Bréfritari: Jakobína Jónsdóttir
Viðtakandi: Sólveig Jónsdóttir
Dagsetning: A-1852-06-12
Skrifað á: Hólmum  S-Múl.
systir bréfviðtakanda

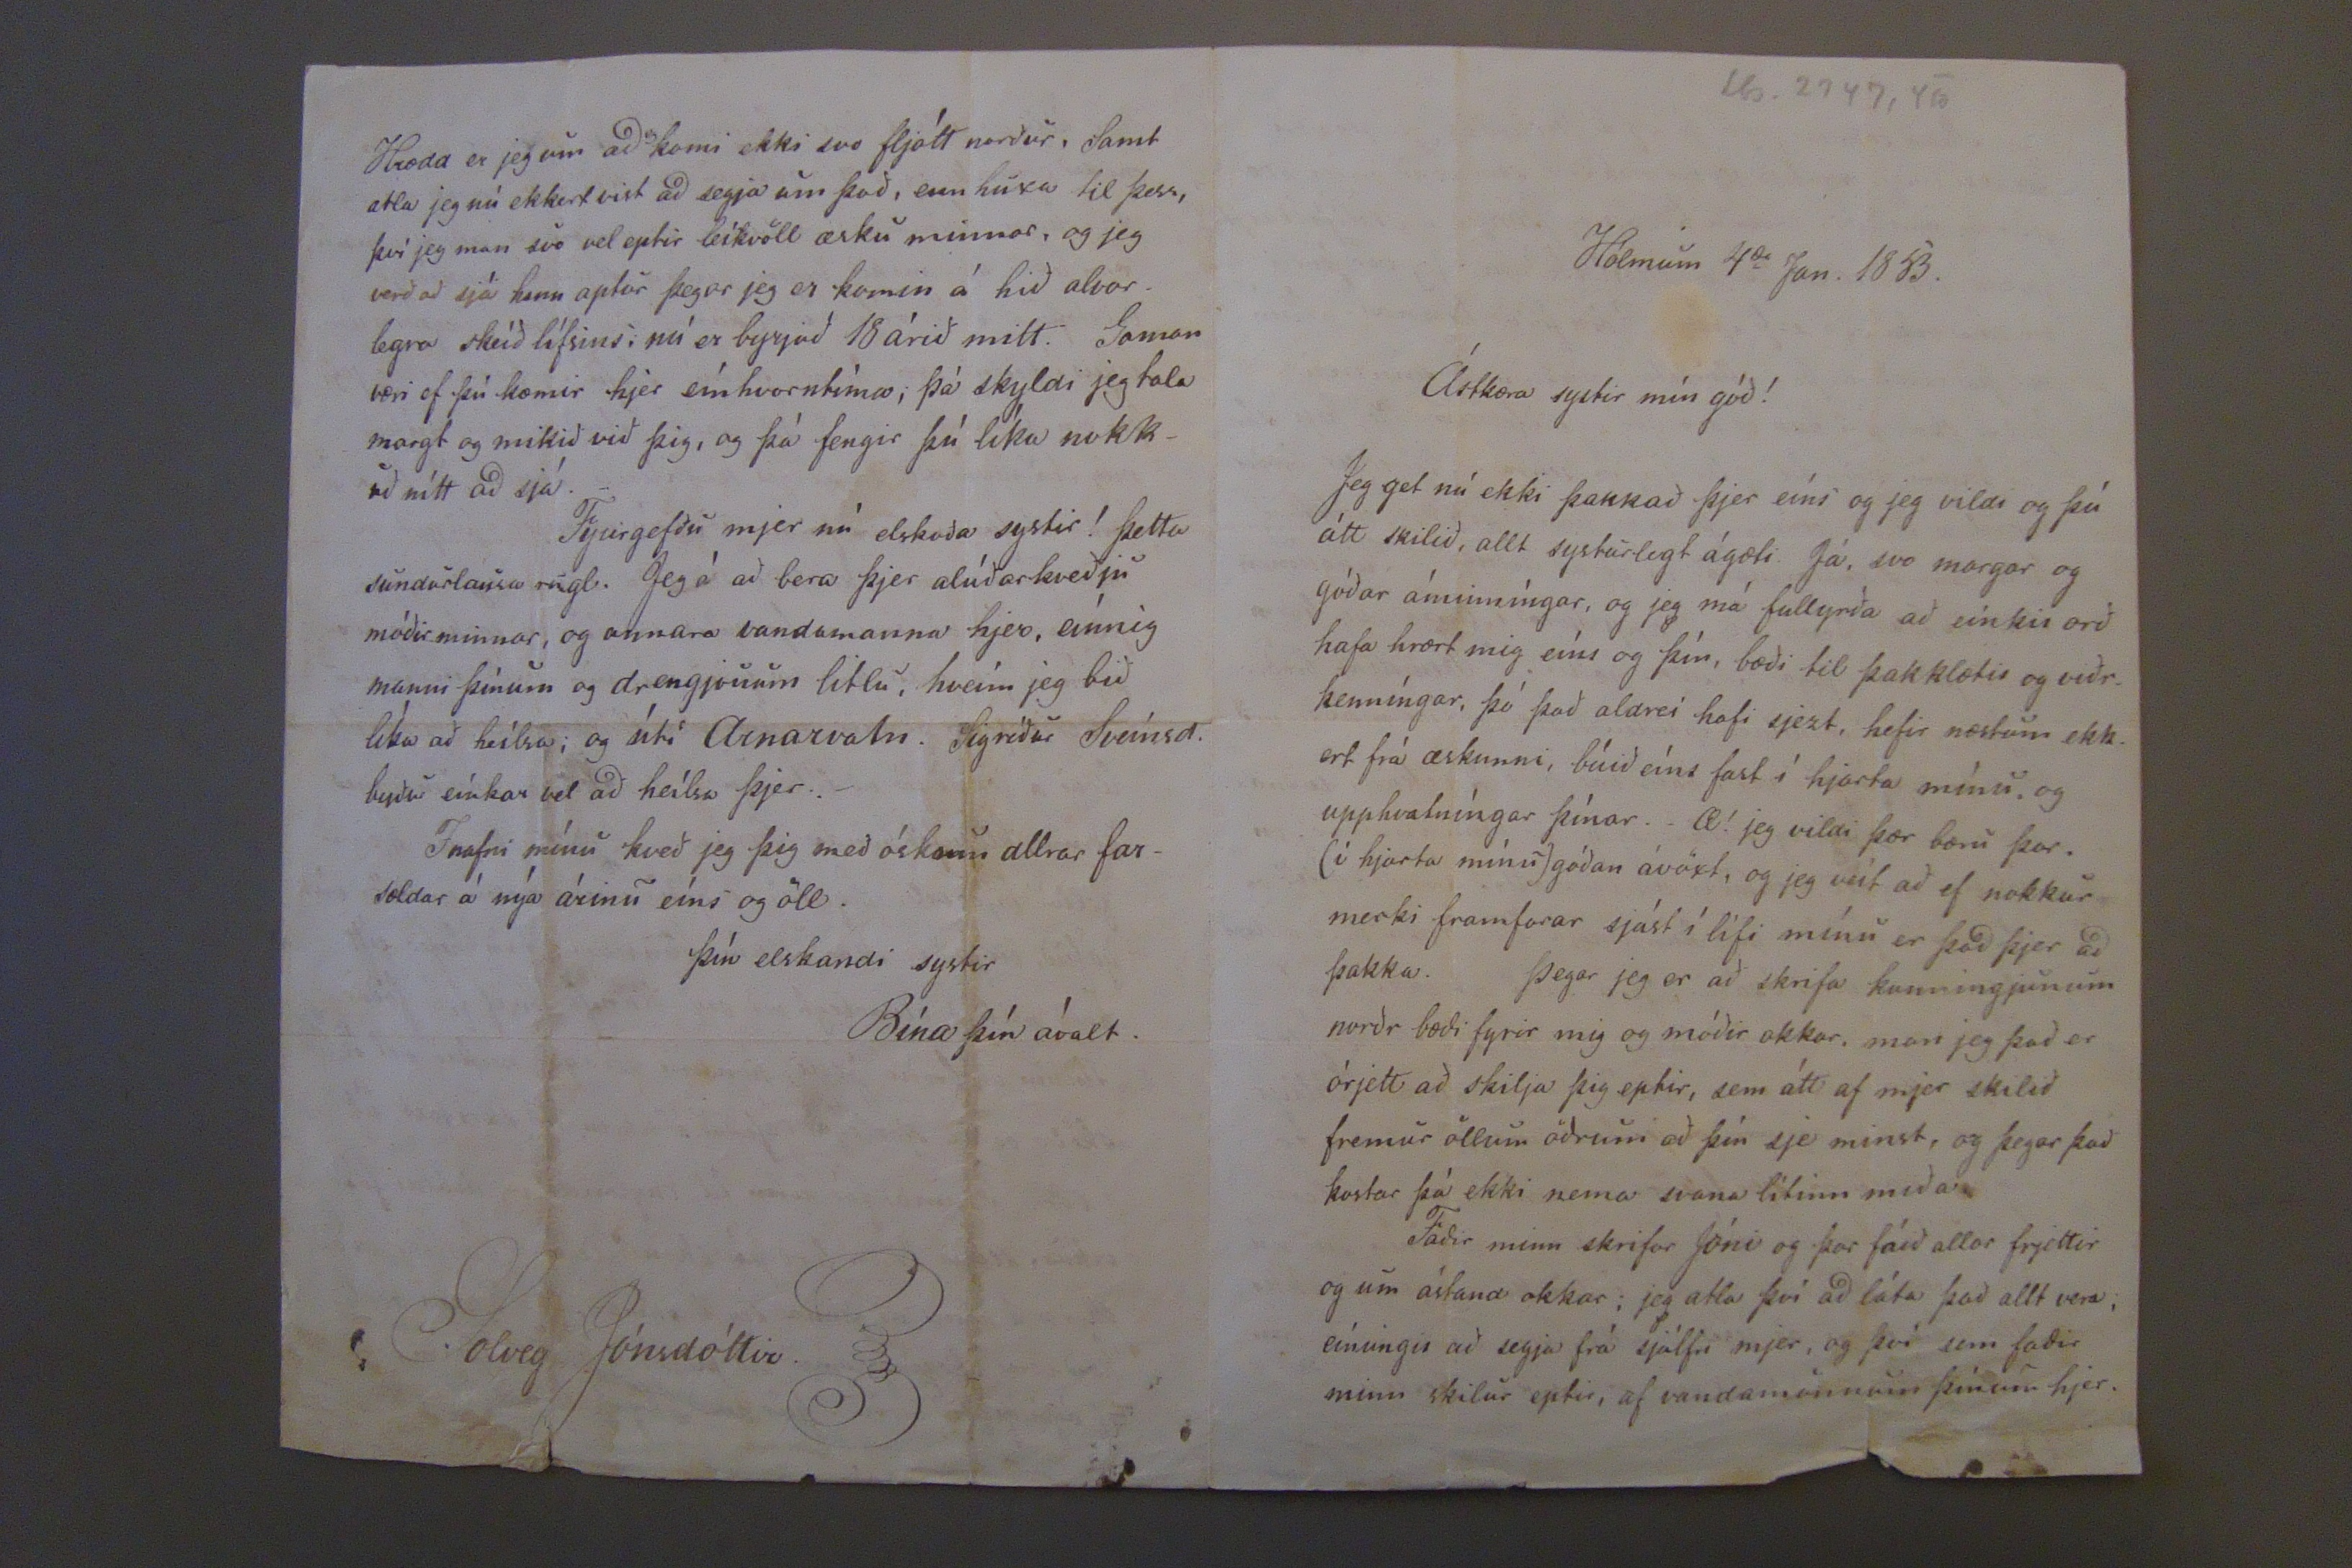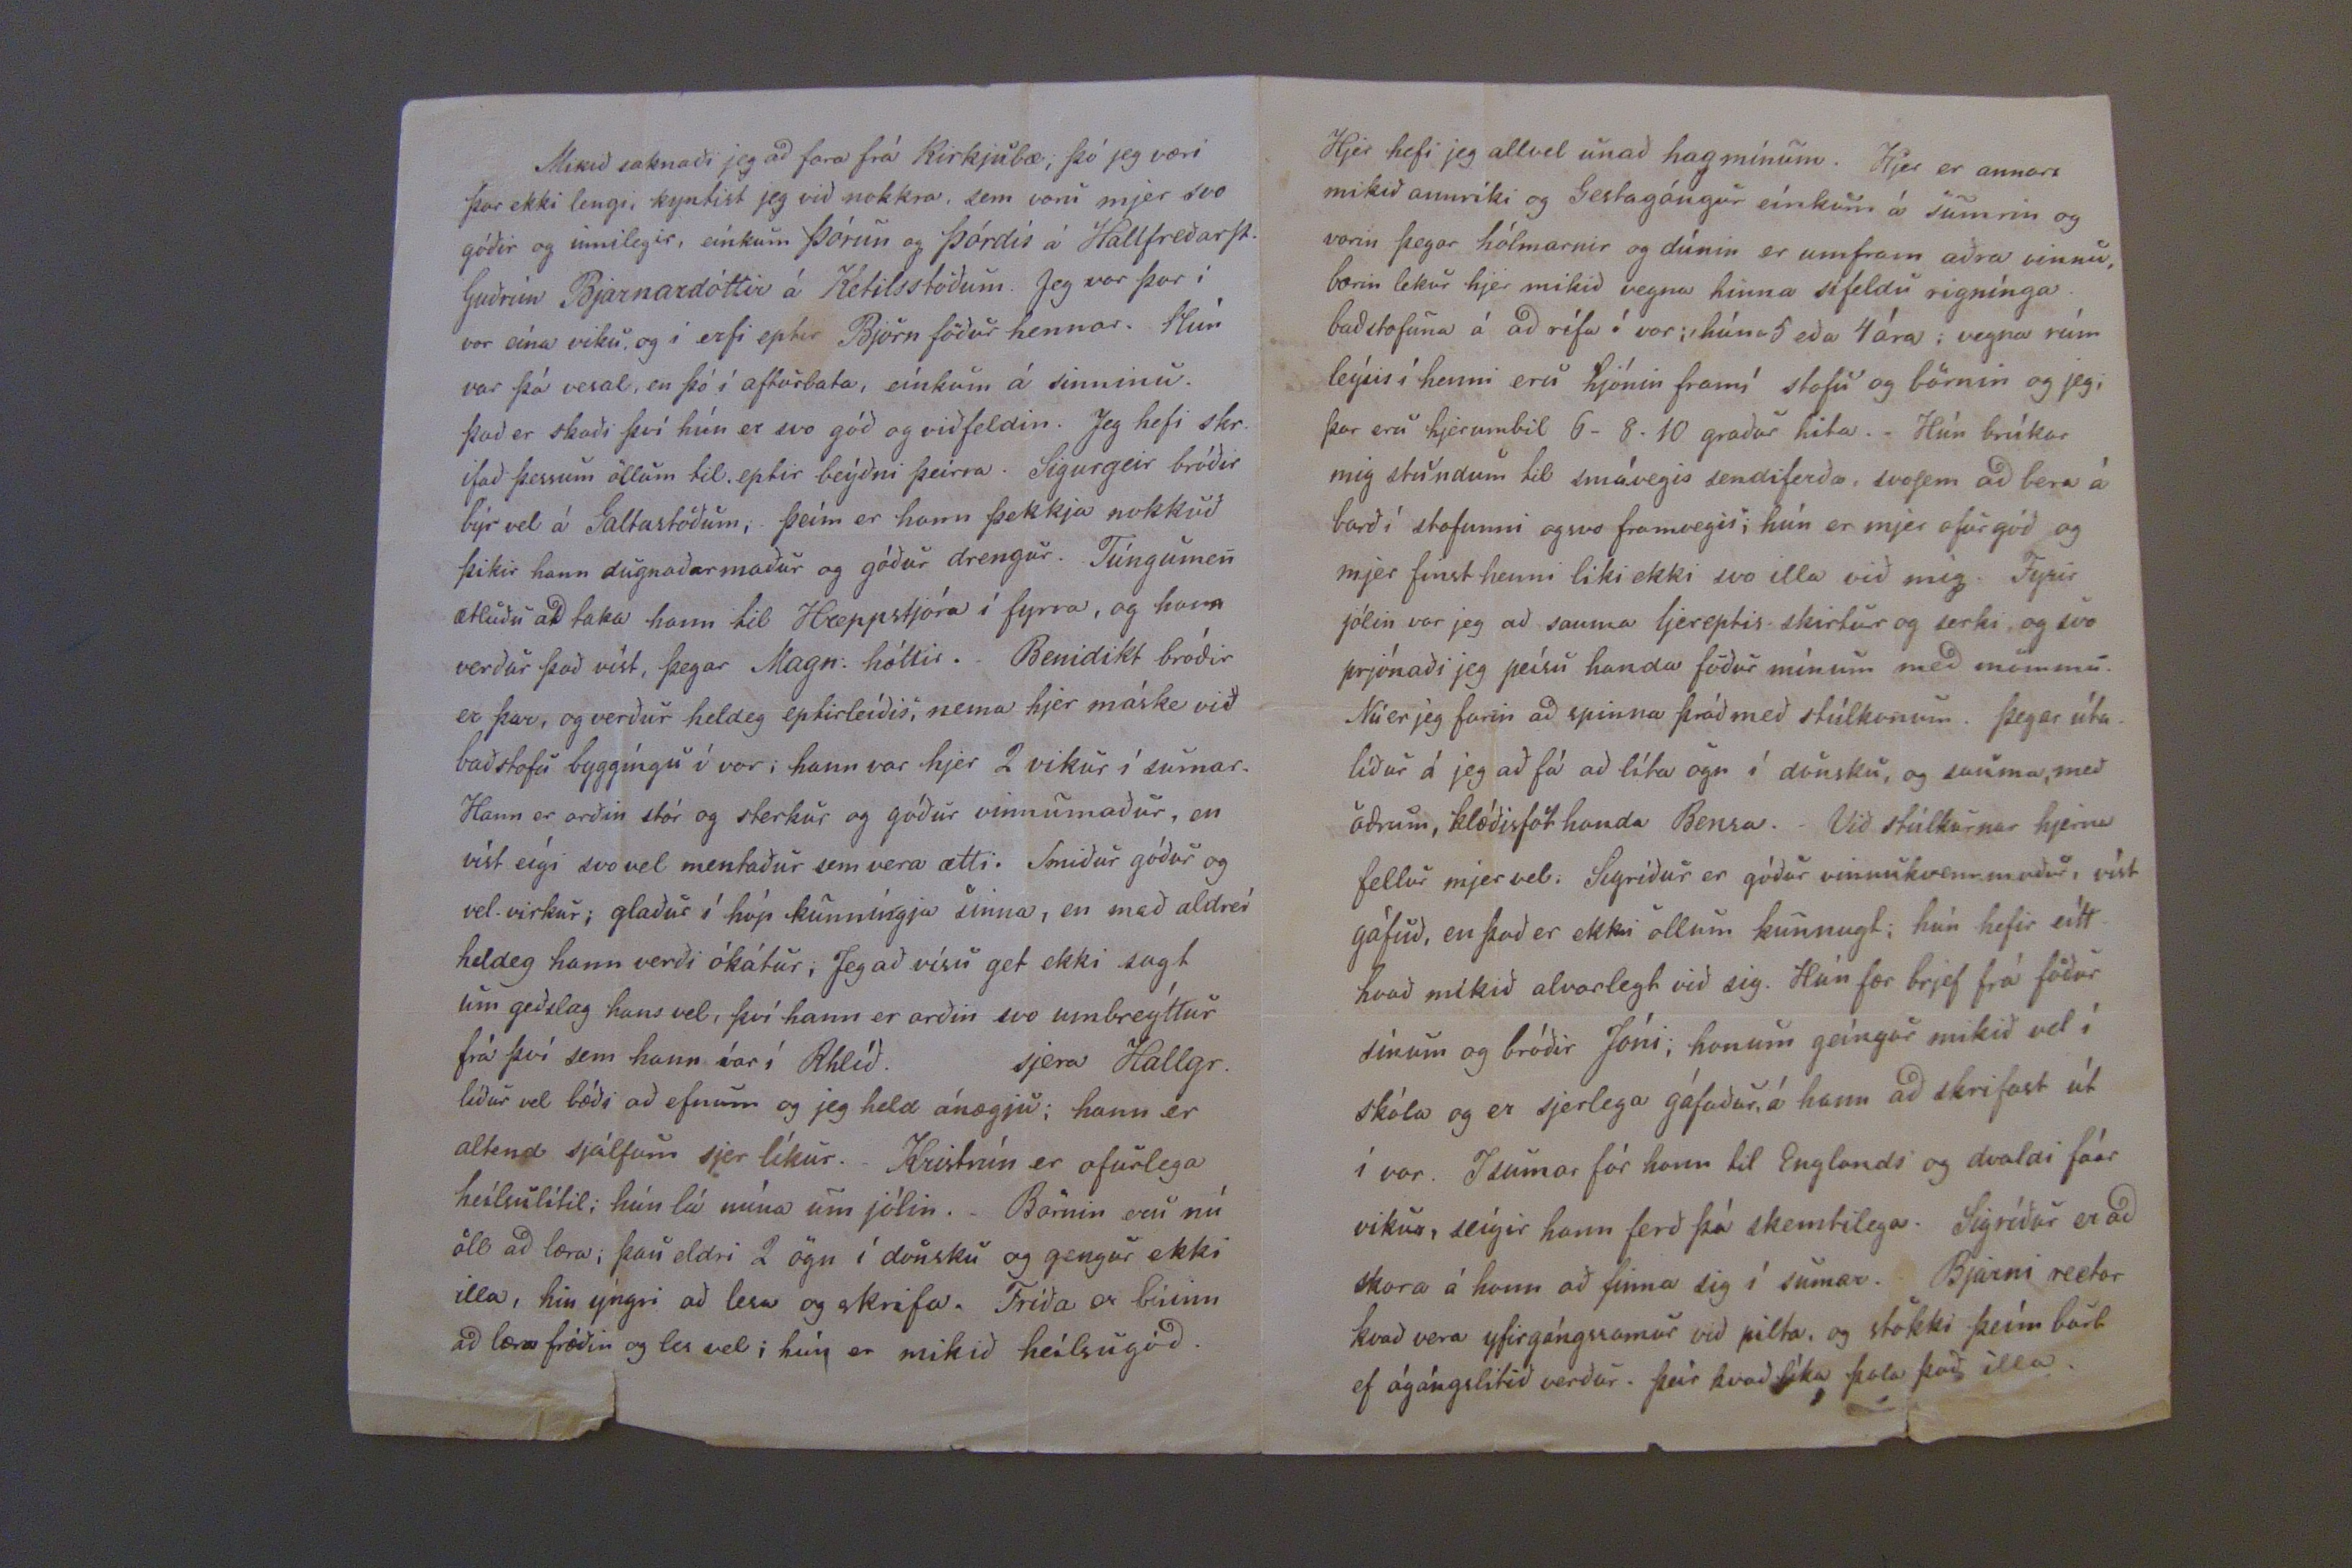

Kyrkjubæ, 12 Jun. 52.
Ástkæra góða systir!
Jeg þakka þjer af hjarta hjerkom-una í sumar, sem allt annað systur-legt ástríkir, og góða tilsogn og ámin-íngar, og man jeg vel eptir seínustu orðonum sem þú talaðir við mig við Brúna, og hefir jeg allann vilja á að reína að rekja þau, þó það má-ske verði síður enn vera ætti.
Hálfveígis rann úti fyrir mjer þegar jeg reið útfrá, og víð keptust um hvort sem meíra gat frá öðru, enn rauðka hristi nokkuð úr mjer ólundina og svo var mjer líka vel tekið á Hallfreðarstöðum. - Jeg var svo heima eptir smiðirnar komu í allt haust, og var jeg næstum einlægt frammi og fór á fætur á morgnana snemma til að skeinkja kaffið Signý fór svosem ekkert framm, og móðir mín dáldið; jeg saum-aði næstum í hjáverkum vaðmáls
handa Fríðu litlu grænann, sem átti að komast af fyrir jólin. Svo fór jeg útí GJaltastaði fyrir jólin með blátt vaðmál sem tætt var í fyrravetur /: jeg man ei hvort þú sázt það í sumar :/ og saumaði úr því dáfallegan kjól handa mjer með tiltögn Olafar, því kjóllinn /:fermíngar:/ er orðinn lítill og heldr snóður. Um treju Bensa var hreínt ómögulegt, því móðir mín gat hreint ekki mist mig fyrri enn þetta. þegar aptur birtir nú daginn skal jeg róa öllum árum að um vestið og treýuna að það verði saumað. Sigríður á Holmum kom hjer í haust með Singýu, og þókti henni sárt í broti að þú hefðir ekki komið þangað. Hún var hjer nokkra daga, og saumuðum við Buxur handa Bendikt. Mikið hefur Þórun á Hallfreðarstað að gera, og eí veit jeg hvort hún gæti hjálpað uppá mömmu, og hefði hún þót víst vilja til þess. Guðrún á KetilsSt. Bjarnardottir hefur leígið í allan vetur í agnarlegri höfuðpínu og jeg trúi
sinnisveíki
. apt hafa meðöl verið sókt til læknis, enn vill ei duga.
Melbý faktor á Vopnafyrði, bað föður minn um mig fyrir þjónustustúlku, enn faðir ba fyrir jeg væri lofuð Kristr. svo það væri ei hægt; mig lángaði líka ekkert þángað. Ekki veit jeg nú hvort kringumstæðr verða svo að jeg fái að fara norður í vor, enn ósköp lángar mig til þess. Jeg er nú heldur farinn að gleima Sveitinni, og þarf nú að rekja hana upp fyrir mjer aptur. Ekki máttu uppá víst eiga von á mjer, þó mig hafi aldrei eins lángað til að fara. Það held jeg að Voga Jón fari norðr í vor, og (strik?) máttu víst vera óhrædd um það sem við mintustum á í Sumar. Jeg trúi jeg muni þú ei meira að rugla við þig í þetta sinn, nema byðja velvyrðíngu á seðlinum. Heilsaðu frá mjer þeim sem kveðju minni
vilja
, einkum manninum
barnan
; nei barninu. En þig sjálfa kissi eg einlægum systurkoSsi með óskum allra blessunar!
Drottinn gefi okkur ollum forsælt nýa arið!
þín elsk. systir
Bína.
nú er orðið koldimt.
Arnesen sem nú er kominn á seýðisfjörð, hefur líka leingi leigið í grófri brjóstveíki og kvefvesöld er hjer víða. Jeg hefir meirenn i viku kvalist af kvefi og hósta, og er bísna sansalítil; þú mátt þvi ekki
vera
taka upp þó brjefin sjeu vitlaus. Já; blessuð ámintu strax að hann Stefán á Skútust. leiti sjer einhvorrar lækningar, að hann fari útað Isolfsstöðum og jeti Skarfakálið. Sumir hafa líka jetið hroSsaket enn kannske allir geti það nú ekki; það þyrfti líka þá að gera yðuglega. Faðir minn skrifaði lika Joni á Grænavatni um þetta efni. Sjálfsagt held jeg fari nú að Hólmum með foreldrum mínum, og lángar mig þó ekki mjög ofaní fjörðuna, en jeg vil og ætti ekki heldur að skilja við foreldruna, og svo kinni hún Kristrún að svígja mjer eítthvað til. En - ef hann fra J. Svenson feíngi brauðið, held jeg mjer þætti gaman að vera hjer hjá Sigurg. og honum að öðruhverju. mjer er nu farið að þikja hjerna skemtilegra enn firsta sumarið mitt firir austan.